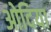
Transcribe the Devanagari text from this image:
ओदिया